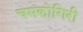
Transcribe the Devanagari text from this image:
चमकोगिरी